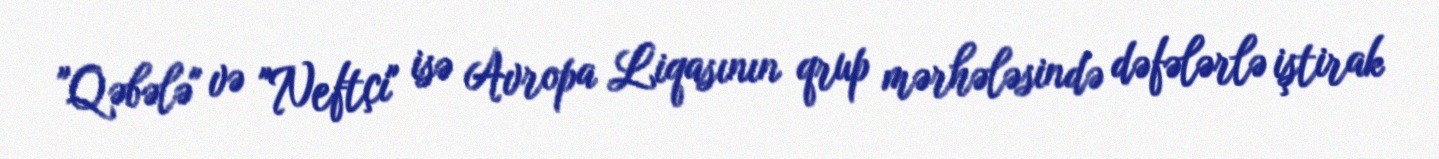
"Qəbələ" və "Neftçi" isə Avropa Liqasının qrup mərhələsində dəfələrlə iştirak